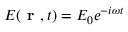
E ( \textbf { r } , t ) = E _ { 0 } { e ^ { - i { \omega } t } }